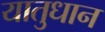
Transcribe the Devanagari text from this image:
यातुधान